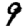
Digit: 9